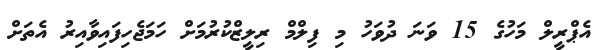
އެޕްރީލް މަހުގެ 15 ވަނަ ދުވަހު މި ފިލްމް ރިލީޒްކުރުމަށް ހަމަޖެހިފައިވާއިރު އެތަށް